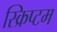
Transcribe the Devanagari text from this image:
स्क्रिप्टम